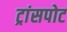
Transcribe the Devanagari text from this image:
ट्रांसपोट